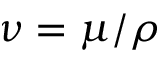
\nu = \mu / \rho